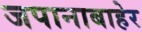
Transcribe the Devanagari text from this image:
जपानाबाहेर